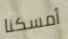
أمسكنا